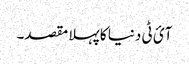
آئ ٹی دنیا کا پہلا مقصد۔